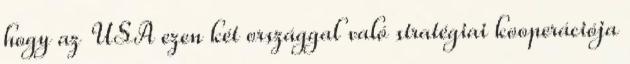
hogy az USA ezen két országgal való stratégiai kooperációja